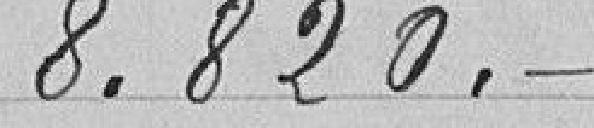
8.820 francs